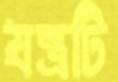
যন্ত্রটি